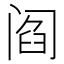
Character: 阎